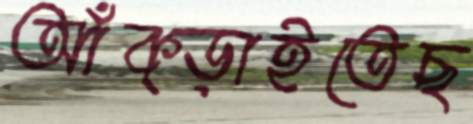
আঁক্‌ড়াইতেছ